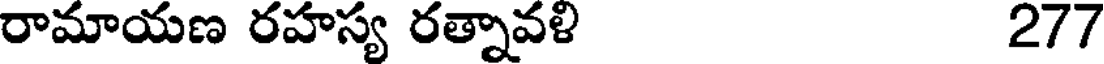
రామాయణ రహస్య రత్నావళి 277